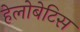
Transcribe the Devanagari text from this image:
हेलोबेटिस